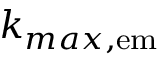
k _ { m a x , \mathrm { e m } }